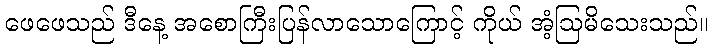
ဖေဖေသည် ဒီနေ့ အစောကြီးပြန်လာသောကြောင့် ကိုယ် အံ့ဩမိသေးသည်။